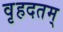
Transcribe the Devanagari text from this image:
वृहदतम्